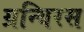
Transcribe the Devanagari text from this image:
ग्रन्थिरस